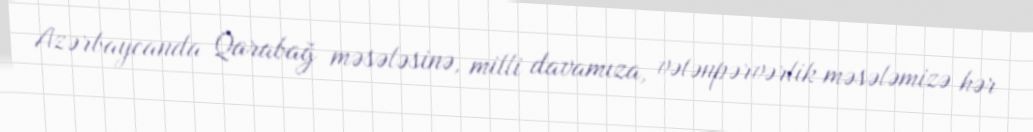
Azərbaycanda Qarabağ məsələsinə, milli davamıza, vətənpərvərlik məsələmizə hər